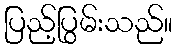
ပြည့်ပြွမ်းသည်။